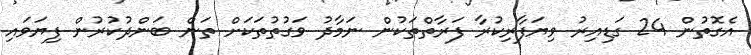
އެގޮތުން 24 ގަޑިއިރު ވިޔަފާރިކުރާ ފަރާތްތަކުން ނަމާދު ވަގުތުތަކަށް ތަން ބަންދުކުރުން ފިޔަވައި